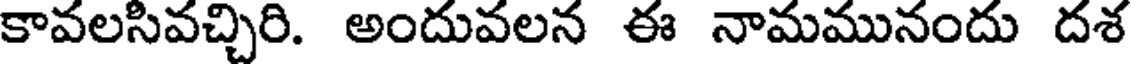
కావలసివచ్చిరి. అందువలన ఈ నామమునందు దశ